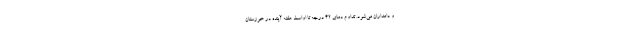
و دامداران می‌شود. تداوم دمای 42 درجه تا اواسط هفته آینده در خوزستان